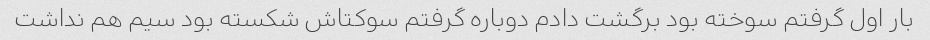
بار اول گرفتم سوخته بود برگشت دادم دوباره گرفتم سوکتاش شکسته بود سیم هم نداشت